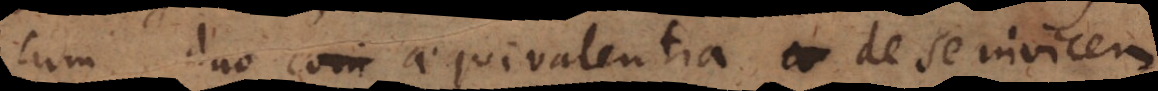
cum duo aequivalentia de se invicem